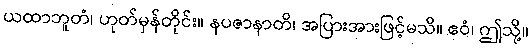
ယထာဘူတံ၊ ဟုတ်မှန်တိုင်း။ နပဇာနာတိ၊ အပြားအားဖြင့်မသိ။ ဧဝံ၊ ဤသို့။